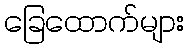
ခြေထောက်များ